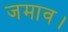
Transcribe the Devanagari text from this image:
जमाव।